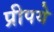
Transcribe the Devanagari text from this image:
प्रीपये